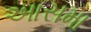
આસમા